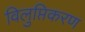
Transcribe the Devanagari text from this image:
विलुप्तिकरण